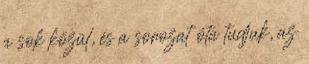
a sok közül, és a sorozat óta tudjuk, az